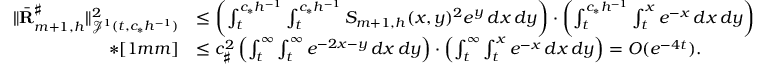
\begin{array} { r l } { \| \bar { \mathbf R } _ { m + 1 , h } ^ { \sharp } \| _ { { \mathcal J } ^ { 1 } ( t , c _ { * } h ^ { - 1 } ) } ^ { 2 } } & { \leq \left( \int _ { t } ^ { c _ { * } h ^ { - 1 } } \int _ { t } ^ { c _ { * } h ^ { - 1 } } S _ { m + 1 , h } ( x , y ) ^ { 2 } e ^ { y } \, d x \, d y \right) \cdot \left( \int _ { t } ^ { c _ { * } h ^ { - 1 } } \int _ { t } ^ { x } e ^ { - x } \, d x \, d y \right) } \\ { * [ 1 m m ] } & { \leq c _ { \sharp } ^ { 2 } \left( \int _ { t } ^ { \infty } \int _ { t } ^ { \infty } e ^ { - 2 x - y } \, d x \, d y \right) \cdot \left( \int _ { t } ^ { \infty } \int _ { t } ^ { x } e ^ { - x } \, d x \, d y \right) = O ( e ^ { - 4 t } ) . } \end{array}